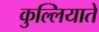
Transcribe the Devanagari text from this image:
कुल्लियाते